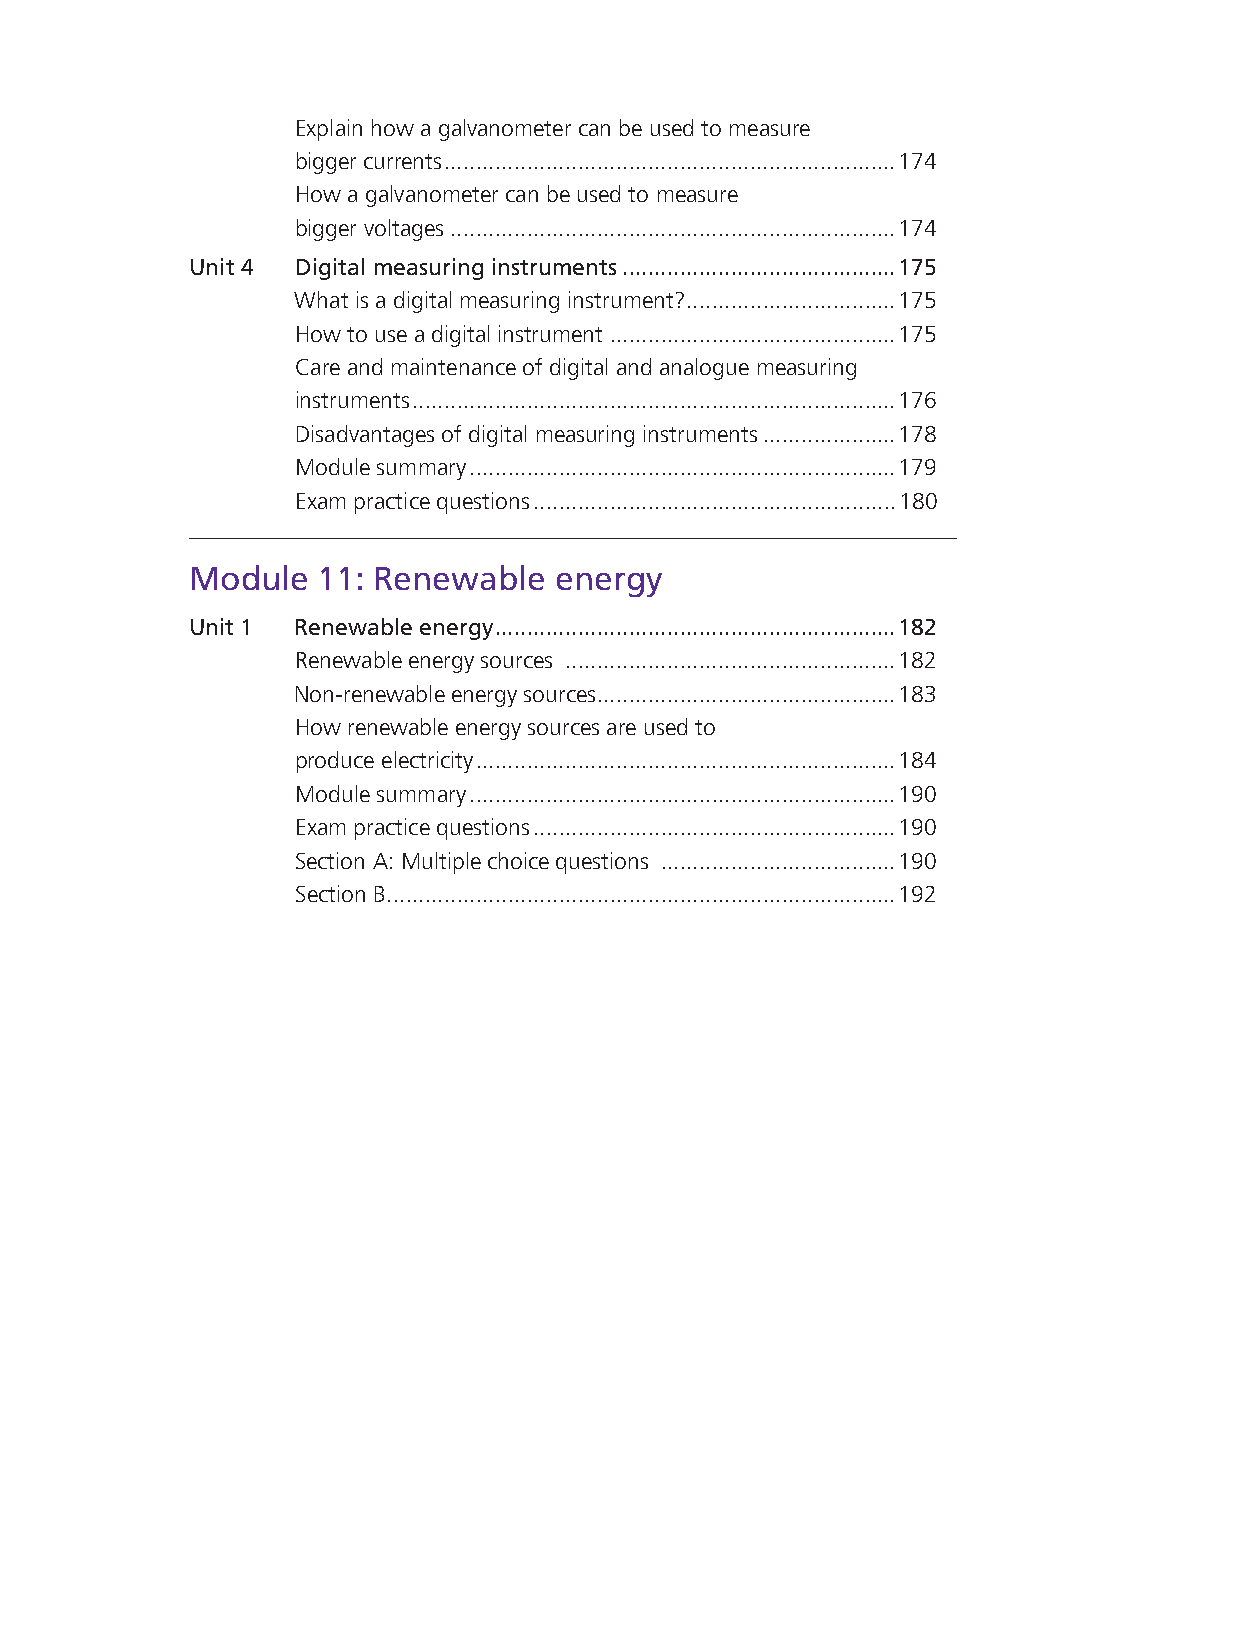
Explain how a galvanometer can be used to measure
 bigger currents .......................................................................174
 How a galvanometer can be used to measure
 bigger voltages ......................................................................174
 Unit 4 Digital measuring instruments ...........................................175
 What is a digital measuring instrument? .................................175
 How to use a digital instrument .............................................175
 Care and maintenance of digital and analogue measuring
 instruments ............................................................................176
 Disadvantages of digital measuring instruments .....................178
 Module summary ...................................................................179
 Exam practice questions .........................................................180
 Module  11: Renewable   energy
 Unit 1 Renewable energy ...............................................................182
 Renewable energy sources ....................................................182
 Non-renewable energy sources ...............................................183
 How renewable energy sources are used to
 produce electricity ..................................................................184
 Module summary ...................................................................190
 Exam practice questions .........................................................190
 Section A: Multiple choice questions .....................................190
 Section B ................................................................................192
 9781485717386_ntd_eth_n2_stb_eng_za.indb 8                               2020/05/24 09:54